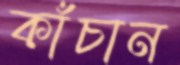
কাঁচান